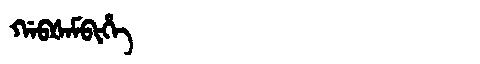
Manchu: ᡤᠠᠪᡧᠠᠮᠪᡳᡥᡝ
Romanization: GABŠAMBIHE